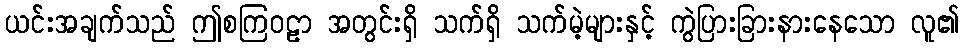
ယင်းအချက်သည် ဤစကြဝဠာ အတွင်းရှိ သက်ရှိ သက်မဲ့များနှင့် ကွဲပြားခြားနားနေသော လူ၏